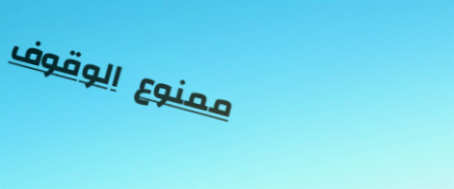
ممنوع الوقوف